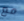
مع